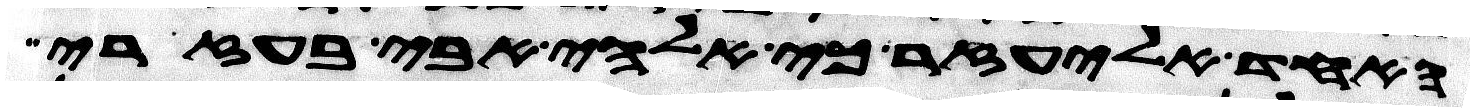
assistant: האחד אליעזר כי אלהי אבי בעזרי